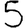
Digit: 5